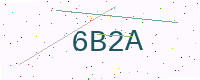
Text: 6B2A